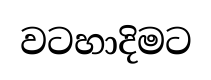
වටහාදිමට